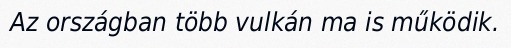
Az országban több vulkán ma is működik.